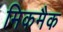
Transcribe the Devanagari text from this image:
मिकमैक